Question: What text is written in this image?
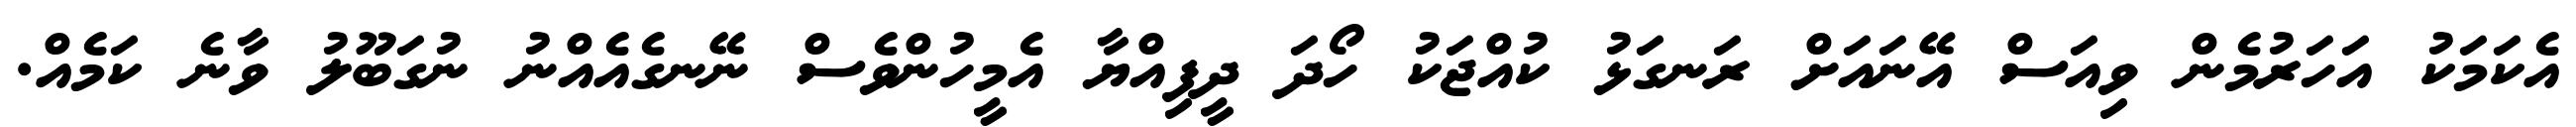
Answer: އެކަމަކު އަހަރުމެން ވިއަސް އޭނައަށް ރަނގަޅު ކުއްޖަކު ހޯދަ ދީފިއްޔާ އެމީހުންވެސް ނޭނގެއެއްނު ނުގަބޫލު ވާނެ ކަމެއް.